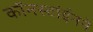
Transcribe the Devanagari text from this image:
कॉनस्टांईनने